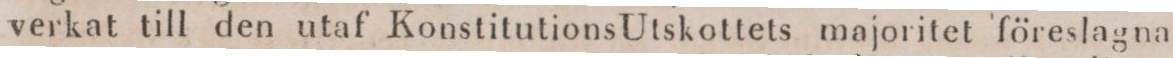
verkat till den utaf Konstitutions Utskottets majoritet föreslagna